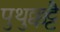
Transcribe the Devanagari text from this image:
पुथुक्कट्टै